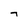
Character: 7